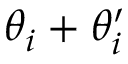
\theta _ { i } + \theta _ { i } ^ { \prime }